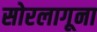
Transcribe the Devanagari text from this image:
सोरलागूना